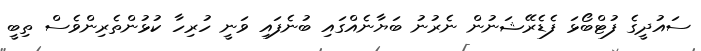
ސައުދީގެ ފުޓްބޯޅަ ފެޑެރޭޝަނުން ނެރުނު ބަޔާނެއްގައި ބުނެފައި ވަނީ ހުރިހާ ކުޅުންތެރިންވެސް ތިބީ